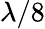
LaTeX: \lambda/8